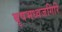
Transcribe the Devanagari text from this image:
बृषभध्वजगिरि